Problem: 4 × 10 = ?
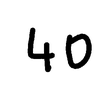
Handwritten answer: 40